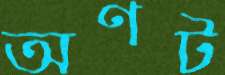
অণট